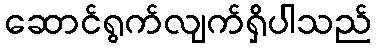
ဆောင်ရွက်လျက်ရှိပါသည်